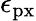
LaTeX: \epsilon_{\mathrm{px}}